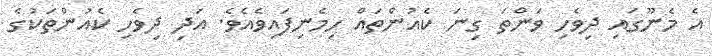
އެ މެނޫގައި ދިވެހި ވަންތަ ގިނަ ކެއުންތައް ހިމެނިފައިވެއެވެ. އަދި ދިވެހި ކެއުންތަކުގެ